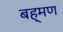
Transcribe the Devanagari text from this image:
बह्मण